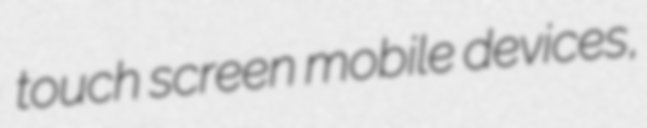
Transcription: touch screen mobile devices,